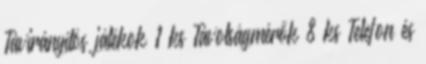
Távirányítós játékok 1 ks Távolságmérők 8 ks Telefon és